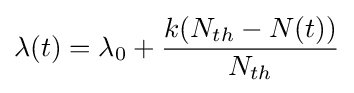
\lambda (t)=\lambda _{0}+{\frac {k(N_{th}-N(t))}{N_{th}}}